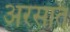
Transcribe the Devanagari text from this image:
अरसात